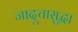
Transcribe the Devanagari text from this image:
जादूचासुद्धा